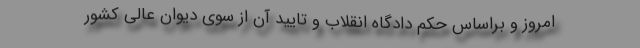
امروز و براساس حکم دادگاه انقلاب و تایید آن از سوی دیوان عالی کشور